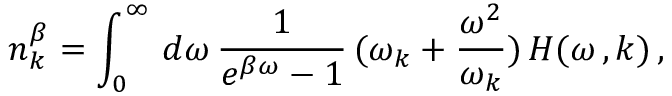
n _ { k } ^ { \beta } = \int _ { 0 } ^ { \infty } \, d \omega \, \frac { 1 } { e ^ { \beta \omega } - 1 } \, ( \omega _ { k } + \frac { \omega ^ { 2 } } { \omega _ { k } } ) \, H ( \omega \, , k ) \, ,